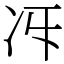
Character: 𠖱